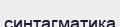
синтагматика